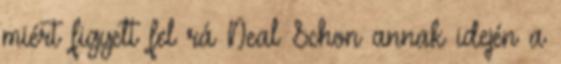
miért figyelt fel rá Neal Schon annak idején a